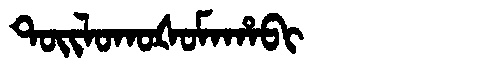
Manchu: ᡨᠣᡳᠯᠣᡴᠣᡧᠣᠮᠠᡥᠠᠪᡳ
Romanization: TOILOKOŠOMAHABI